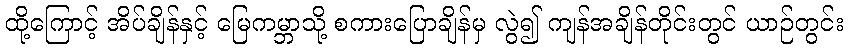
ထို့ကြောင့် အိပ်ချိန်နှင့် မြေကမ္ဘာသို့ စကားပြောချိန်မှ လွဲ၍ ကျန်အချိန်တိုင်းတွင် ယာဉ်တွင်း